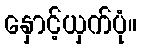
နှောင့်ယှက်ပုံ။